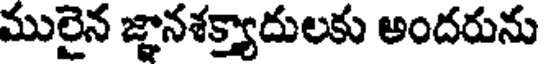
ములైన జ్ఞానశక్త్యాదులకు అందరును